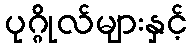
ပုဂ္ဂိုလ်များနှင့်